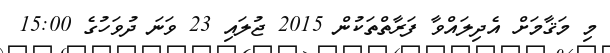
މި މަޤާމަށް އެދިލައްވާ ފަރާތްތަކުން 2015 ޖުލައި 23 ވަނަ ދުވަހުގެ 15:00